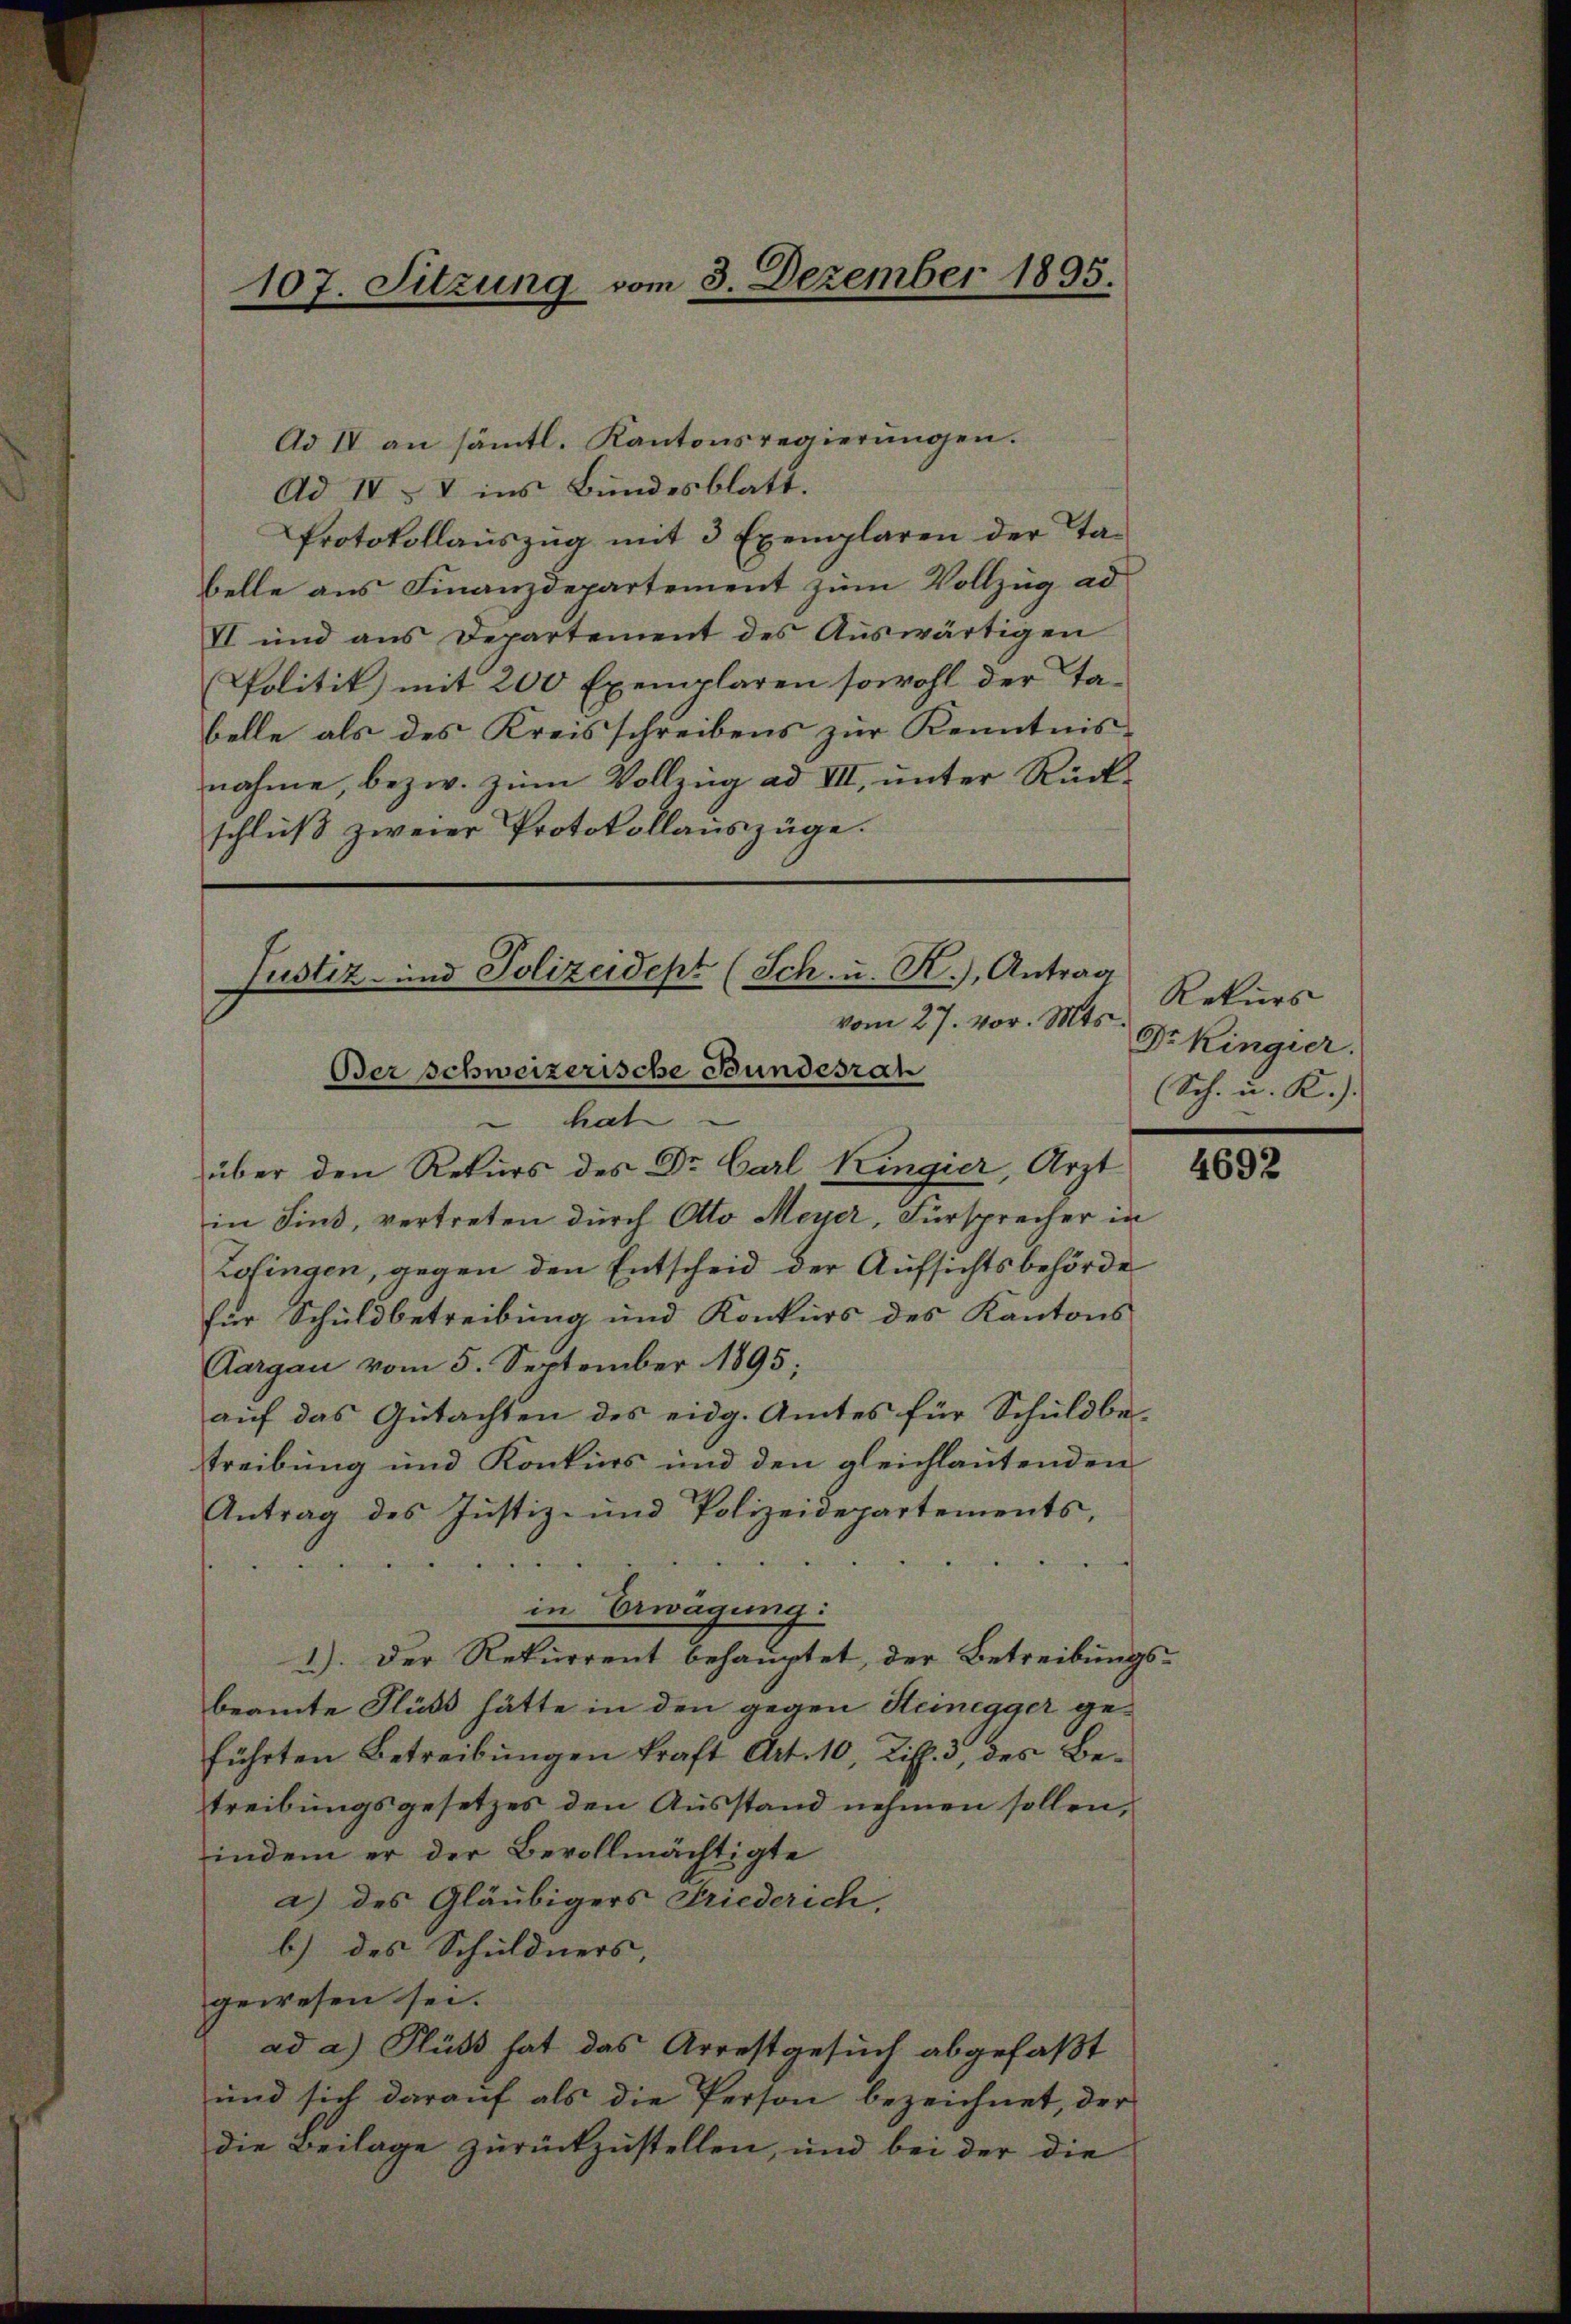
107. Sitzung vom 3. Dezember 1895.

Ad IV an sämtl. Kantonsregierŭngen.
Ad IV & V ins Bundesblatt.
Protokollaŭszŭg mit 3 Exemplaren der Ta-
belle aus Finanzdepartement zum Vollzug ad
VI und aus Departement des Auswärtigen
Politik mit 200 Exemplaren sowohl der Ta-
belle als des Kreisschreibens zur Kenntnis-
nahme, bezw. zum Vollzug ad VII, unter Rückschluß zweier Protokollauszüge.

über den Rekurs des Dr. Carl Kingier, Arzt
in Sind, vertreten durch Otto Meyer, Fürsprecher in
Zofingen, gegen den Entscheid der Aufsichtsbehörde
für Schuldbetreibung und Konkurs des Kantons
Aargau vom 5. September 1895;
auf das Gutachten des eidg. Amtes für Schuldbetreibung und Konkurs und den gleichlautenden
Antrag des Justiz- und Polizeidepartements,
.
e
in Erwägung:
1). Der Rekurrent behauptet, der Betreibungsbeamte Fluss hätte in den gegen Steinegger geführten Betreibungen kraft Art. 10, Ziff. 3, des Betreibungsgesetzes den Ausstand nehmen sollen,
indem er der Bevollmächtigte
a) des Gläubigers Friederich,
b) des Schuldners,
gewesen sei.
ad a.) Flüß hat das Arrestgesuch abgefaßt
und sich darauf als die Person bezeichnet, der
die Beilage zurückzustellen, und bei der die

Justiz- und Polizeidept (Sch. u. R.), Antrag
vom 27. vor. Mts.
Der schweizerische Bundesrah
hat

Rekurs
Dr Kingier.
Sch. u. K.).

4692